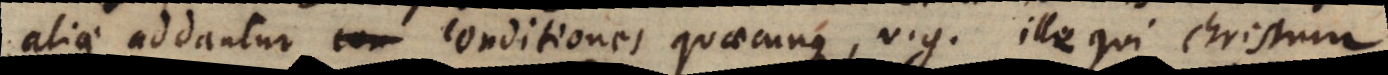
aliae addantur conditiones quaecunque, v.g. ille qui Christum